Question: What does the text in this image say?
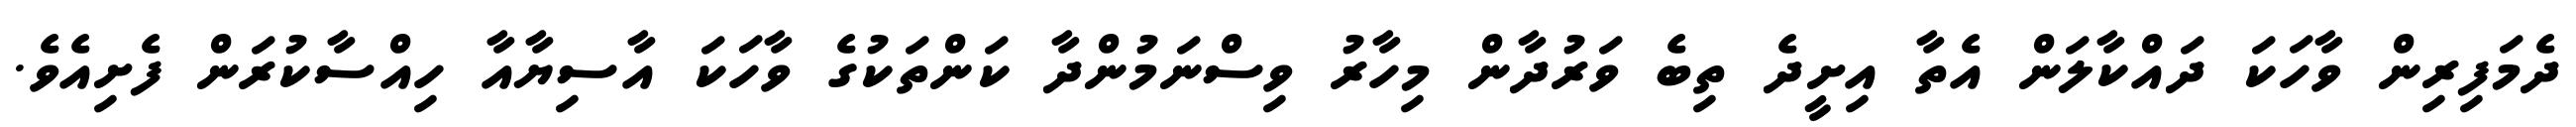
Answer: ދެމަފިރިން ވާހަކަ ދައްކާލަން އެތާ އިށީދެ ތިބެ ވަރުދާން މިހާރު ވިސްނަމުންދާ ކަންތަކުގެ ވާހަކަ އާސިޔާއާ ހިއްސާކުރަން ފެށިއެވެ.